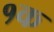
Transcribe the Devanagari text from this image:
१क